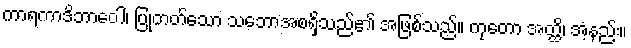
ကာရကာဒိဘာဝေါ၊ ပြုတတ်သော သဘောအစရှိသည်၏ အဖြစ်သည်။ ကုတော အတ္ထိ၊ အံ့နည်း။